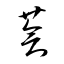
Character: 薈